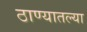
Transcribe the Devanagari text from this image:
ठाण्यातल्या